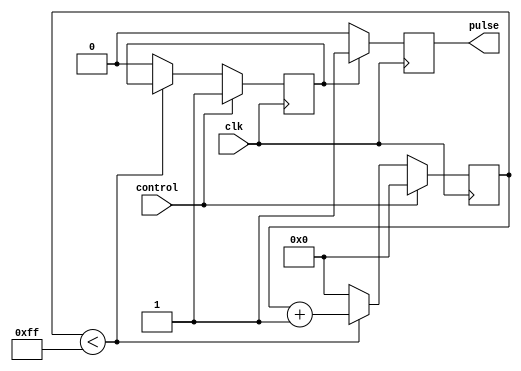
module VariablePulseWidthGenerator (
    input wire clk,
    input wire control,
    output reg pulse
);

reg [7:0] count;
reg pulse_state;

always @(posedge clk) begin
    if (control == 1'b1) begin
        pulse_state <= 1'b1;
        count <= 8'd0;
    end else begin
        if (count < 8'd255) begin
            count <= count + 1;
        end else begin
            pulse_state <= 1'b0;
            count <= 8'd0;
        end
    end
end

always @(posedge clk) begin
    if (pulse_state == 1'b1) begin
        pulse <= 1'b1;
    end else begin
        pulse <= 1'b0;
    end
end

endmodule